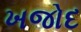
ખજોદ